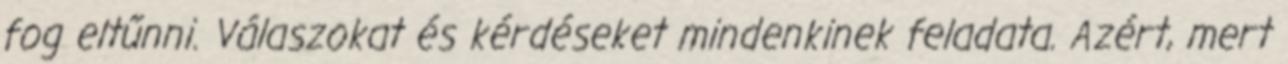
fog eltűnni. Válaszokat és kérdéseket mindenkinek feladata. Azért, mert